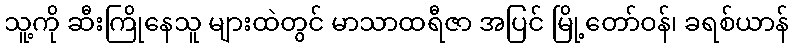
သူ့ကို ဆီးကြိုနေသူ များထဲတွင် မာသာထရီဇာ အပြင် မြို့တော်ဝန်၊ ခရစ်ယာန်